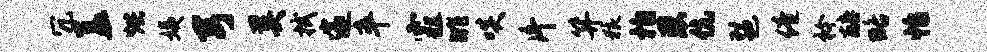
冗盖烘姨弓奚拭邃卒霾眺啖片笄狼拍恩伉琶倦衿醅略怡